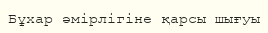
Бұхар әмірлігіне қарсы шығуы